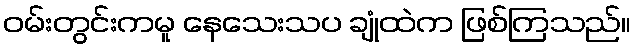
ဝမ်းတွင်းကမူ နေသေးသပ ချုံထဲက ဖြစ်ကြသည်။